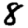
Digit: 8